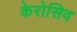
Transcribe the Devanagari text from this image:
केरोसिव